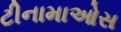
ટીનામાઓસ